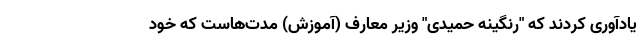
یادآوری کردند که "رنگینه حمیدی" وزیر معارف (آموزش) مدت‌هاست که خود